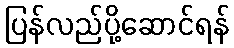
ပြန်လည်ပို့ဆောင်ရန်